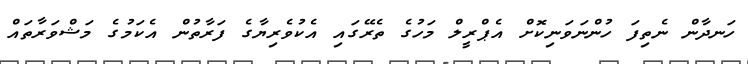
ހަނދާން ނެތިފަ ހުންނަވަނިކޮށް އެޕްރީލް މަހުގެ ތެރޭގައި އެކުވެރިޔާގެ ފަރާތުން އެކަމުގެ މަޝްވަރާތައް